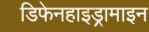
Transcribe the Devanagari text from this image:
डिफेनहाइड्रामाइन